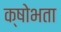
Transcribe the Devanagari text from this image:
क्षोभता